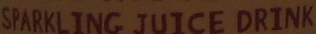
SPARKLING JUICE DRINK